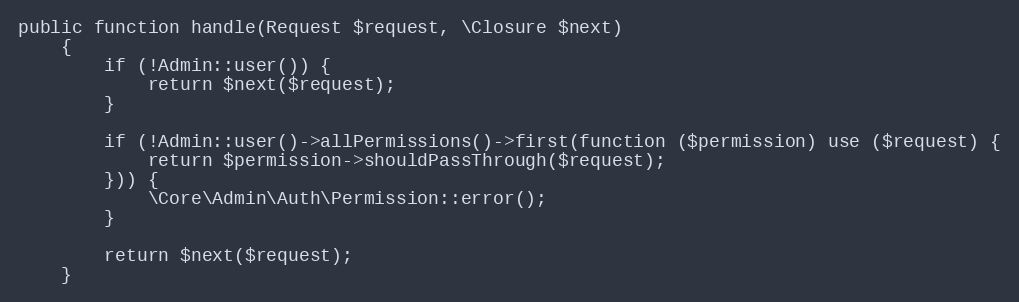
Language: PHP
public function handle(Request $request, \Closure $next)
    {
        if (!Admin::user()) {
            return $next($request);
        }

        if (!Admin::user()->allPermissions()->first(function ($permission) use ($request) {
            return $permission->shouldPassThrough($request);
        })) {
            \Core\Admin\Auth\Permission::error();
        }

        return $next($request);
    }